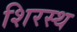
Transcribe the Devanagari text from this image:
शिरस्थ